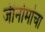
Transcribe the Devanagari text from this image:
जीनोमांचा